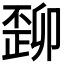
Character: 𬆆